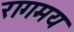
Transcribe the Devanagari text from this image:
रागमय